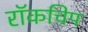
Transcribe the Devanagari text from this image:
रॉकचिप